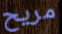
مريح